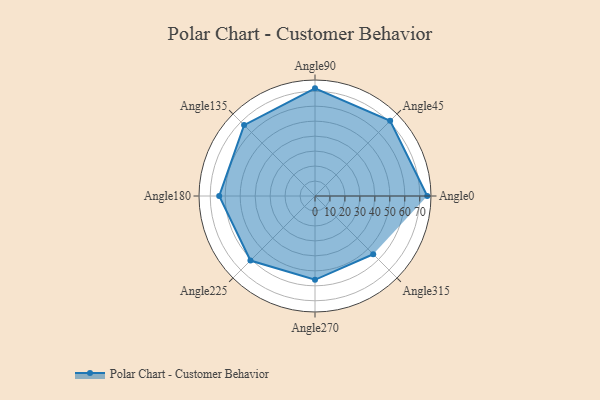
{"axis": {"x": "Angle", "y": "Radius"}, "legend": [""], "data": [{"x": "Angle0", "y": 75.0, "type": ""}, {"x": "Angle45", "y": 71.0, "type": ""}, {"x": "Angle90", "y": 72.0, "type": ""}, {"x": "Angle135", "y": 67.0, "type": ""}, {"x": "Angle180", "y": 64.0, "type": ""}, {"x": "Angle225", "y": 61.0, "type": ""}, {"x": "Angle270", "y": 56.0, "type": ""}, {"x": "Angle315", "y": 55.0, "type": ""}]}